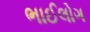
ભાઈલોગ